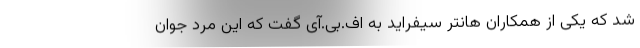
شد که یکی از همکاران هانتر سیفراید به اف.بی.آی گفت که این مرد جوان